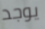
يوجد